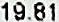
19.81